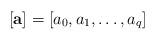
LaTeX: \begin{align*}[\mathbf a]=[a_0,a_1,\dots,a_q]\end{align*}